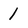
Character: 1